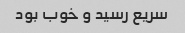
سریع رسید و خوب بود